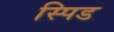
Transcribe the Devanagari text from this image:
स्पिड